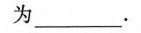
为_______。